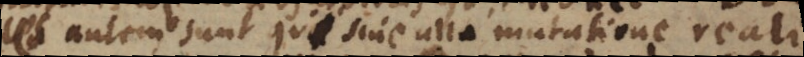
autem modi sunt qui sine ulla mutatione reali